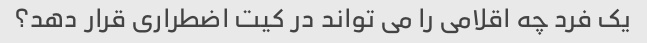
یک فرد چه اقلامی را می تواند در کیت اضطراری قرار دهد؟